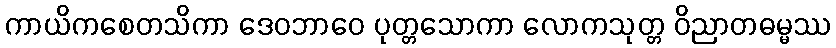
ကာယိကစေတသိကာ ဒေဝဘာဝေ ပုတ္တသောကာ လောကသုတ္တ ဝိညာတဓမ္မဿ